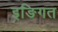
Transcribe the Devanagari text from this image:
इङिगत